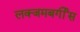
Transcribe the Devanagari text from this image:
लक्जमबर्गीस